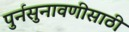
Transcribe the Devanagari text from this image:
पुर्नसुनावणीसाठी